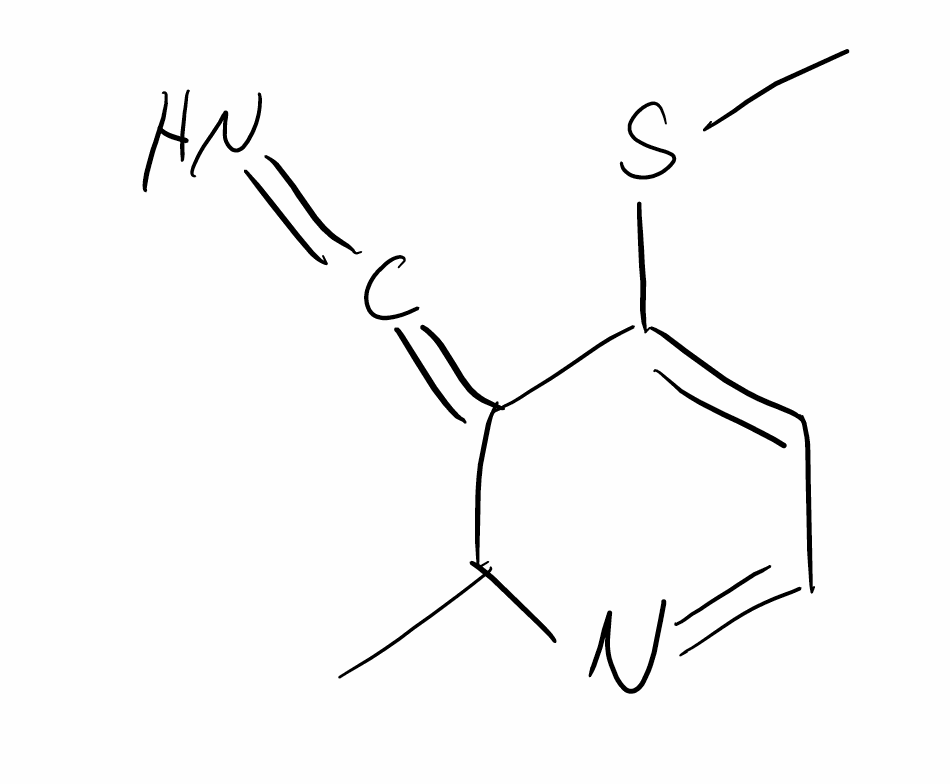
Simplified molecular-input line-entry system (SMILES) notation of the given molecule:
CC1C(=C=N)C(=CC=N1)SC